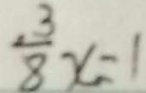
\frac { . 3 } { 8 } x = 1